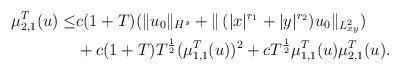
LaTeX: \begin{align*}\begin{aligned}\mu_{2,1}^{T}(u)\leq &c(1+T)(\|u_0\|_{H^{s}}+\|\,(|x|^{r_1}+|y|^{r_2})u_0\|_{L^2_{xy}})\\&+c(1+T)T^\frac12(\mu_{1,1}^{T}(u))^2+cT^\frac12\mu_{1,1}^{T}(u)\mu_{2,1}^{T}(u).\end{aligned}\end{align*}